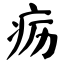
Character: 疬